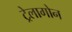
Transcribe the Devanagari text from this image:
ट्रेलागोन